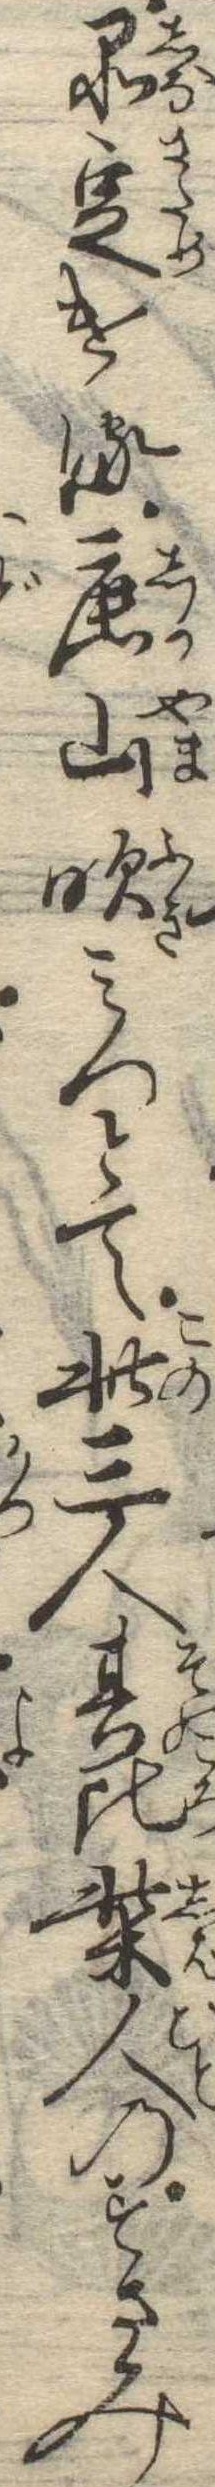
品定ける鹿山吹みつとて此三人其比柴人のすさみ